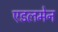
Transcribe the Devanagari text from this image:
एडलमेन